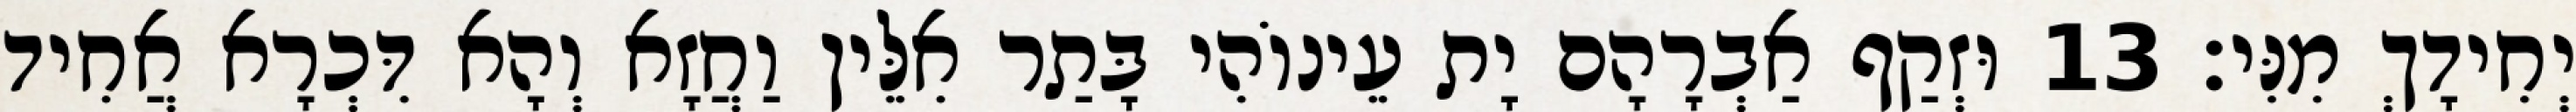
יְחִידָךְ מִנִּי׃ 13 וּזְקַף אַבְרָהָם יָת עֵינוֹהִי בָּתַר אִלֵּין וַחֲזָא וְהָא דִּכְרָא אֲחִיד